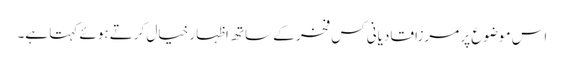
اس موضوع پر مرزا قادیانی کس فخر کے ساتھ اظہار خیال کرتے ہوئے کہتا ہے۔